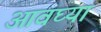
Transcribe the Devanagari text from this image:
आवघ्या